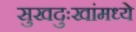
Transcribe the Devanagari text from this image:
सुखदुःखांमध्ये